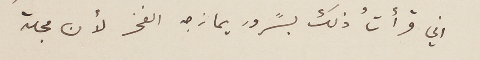
اني قرأتُ ذلك بسًرور يمازجه الفخر لأن مجلة